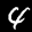
Label: 4